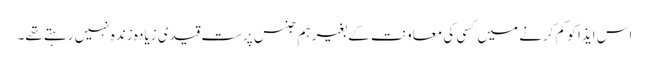
اس ایذا کو کم کرنے میں کسی کی معاونت کے بغیر ہم جنس پرست قیدی زیادہ زندہ نہیں رہتے تھے۔